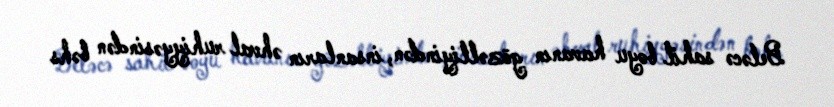
Beləcə sahil boyu havanın gözəlliyindən, insanların əhval ruhiyyəsindən bəhs